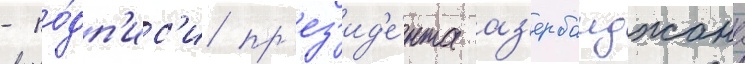
- по́дп'ис'и пр'ез'ид'е́нта аз'ербаиджана